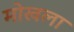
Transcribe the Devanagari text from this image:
मोखला